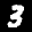
Label: 3